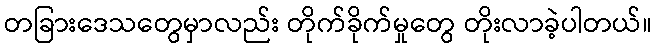
တခြားဒေသတွေမှာလည်း တိုက်ခိုက်မှုတွေ တိုးလာခဲ့ပါတယ်။